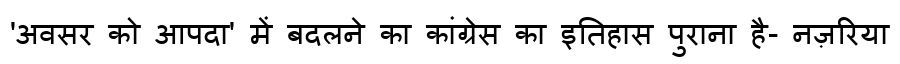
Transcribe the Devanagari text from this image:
'अवसर को आपदा' में बदलने का कांग्रेस का इतिहास पुराना है- नज़रिया